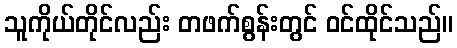
သူကိုယ်တိုင်လည်း တဖက်စွန်းတွင် ဝင်ထိုင်သည်။